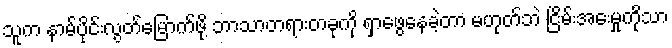
သူက နာမ်ပိုင်းလွတ်မြောက်ဖို့ ဘာသာတရားတခုကို ရှာဖွေနေခဲ့တာ မဟုတ်ဘဲ ငြိမ်းအေးမှုကိုသာ